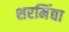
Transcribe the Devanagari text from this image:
शरमिंद्या